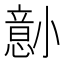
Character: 𫵋